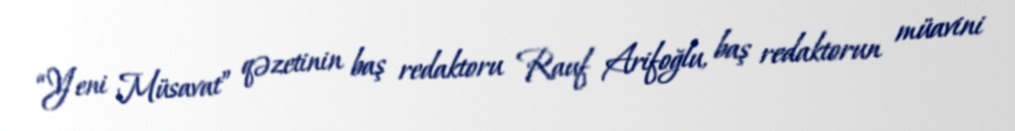
“Yeni Müsavat” qəzetinin baş redaktoru Rauf Arifoğlu, baş redaktorun müavini